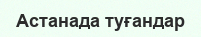
Астанада туғандар